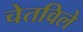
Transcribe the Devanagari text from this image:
चेतविले